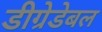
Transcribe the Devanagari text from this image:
डीग्रेडेबल